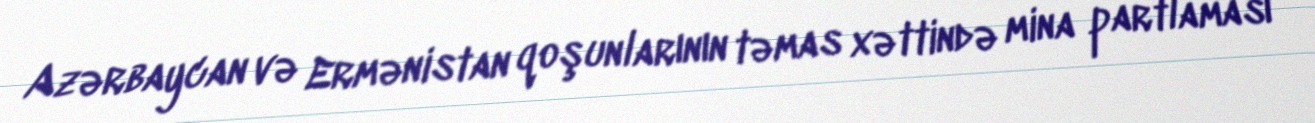
Azərbaycan və Ermənistan qoşunlarının təmas xəttində mina partlaması